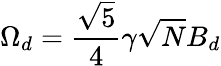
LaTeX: \Omega_{d}=\frac{\sqrt{5}}{4}\gamma\sqrt{N}B_{d}